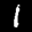
Label: 1